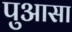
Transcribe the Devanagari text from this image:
पुआसा